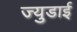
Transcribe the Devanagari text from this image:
ज्युडाई